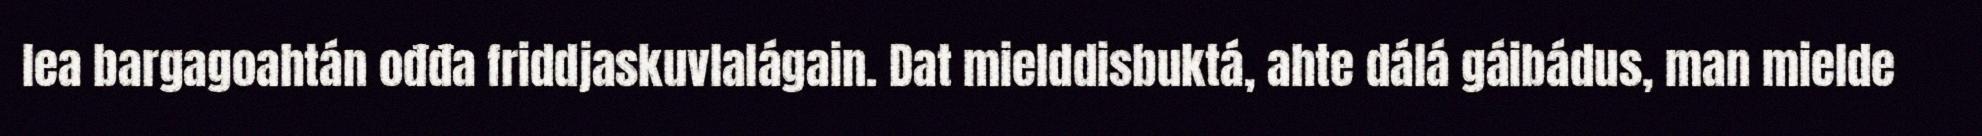
lea bargagoahtán ođđa friddjaskuvlalágain. Dat mielddisbuktá, ahte dálá gáibádus, man mielde